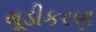
મૂડીકરણ